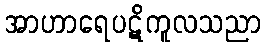
အာဟာရေပဋိကူလသညာ